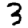
Digit: 3